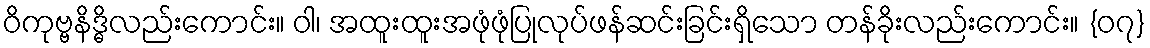
ဝိကုဗ္ဗနိဒ္ဓိလည်းကောင်း။ ဝါ၊ အထူးထူးအဖုံဖုံပြုလုပ်ဖန်ဆင်းခြင်းရှိသော တန်ခိုးလည်းကောင်း။ {၀၇}